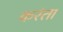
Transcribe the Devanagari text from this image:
करंता